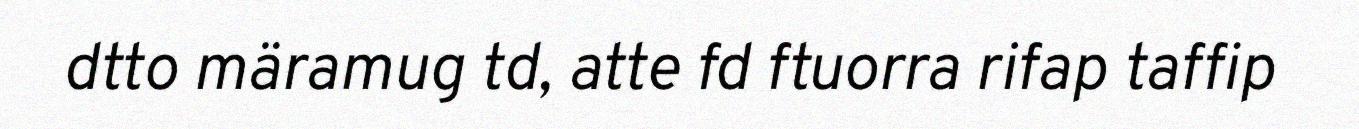
dtto märamug td, atte fd ftuorra rifap taffip